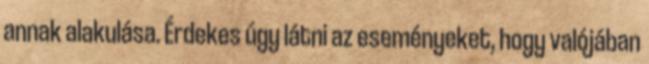
annak alakulása. Érdekes úgy látni az eseményeket, hogy valójában